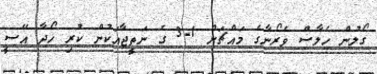
ގޯލުން ހެލާސް ވެރޯނާގެ މައްޗަށް 1-3 ގެ ނަތީޖާއަކުން ކުރި ހޯދާ އޭސީ